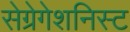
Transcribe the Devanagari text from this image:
सेग्रेगेशनिस्ट